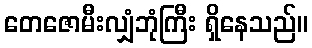
တေဇောမီးလျှံဘုံကြီး ရှိနေသည်။